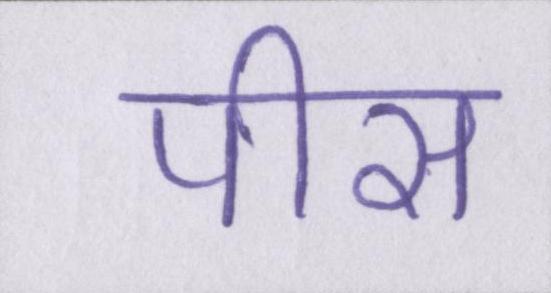
पीस